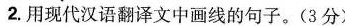
2.用现代汉语翻译文中画线的句子。(3分)